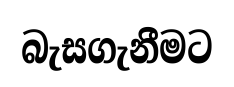
බැසගැනීමට